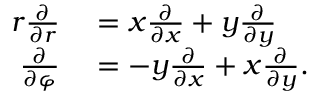
\begin{array} { r l } { r { \frac { \partial } { \partial r } } } & { { } = x { \frac { \partial } { \partial x } } + y { \frac { \partial } { \partial y } } } \\ { { \frac { \partial } { \partial \varphi } } } & { { } = - y { \frac { \partial } { \partial x } } + x { \frac { \partial } { \partial y } } . } \end{array}